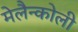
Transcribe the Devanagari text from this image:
मेलैन्कोली